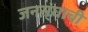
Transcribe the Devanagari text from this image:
जनस्ंघाची